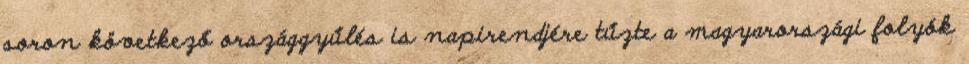
soron következő országgyűlés is napirendjére tűzte a magyarországi folyók